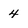
Character: 4